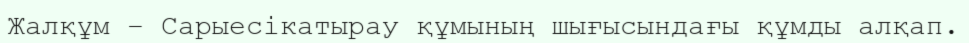
Жалқұм – Сарыесікатырау құмының шығысындағы құмды алқап.